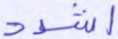
اشدد